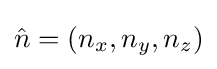
{\hat {n}}=(n_{x},n_{y},n_{z})